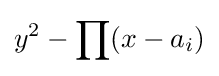
y^{2}-\prod (x-a_{i})